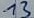
Text: 13